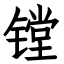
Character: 镗